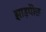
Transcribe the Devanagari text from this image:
झाड़पोेंछ